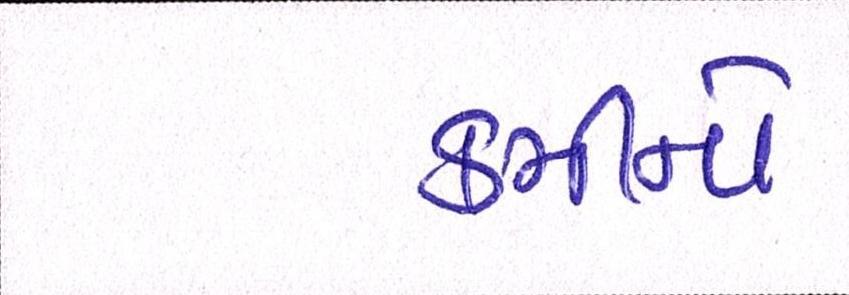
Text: કમીનો